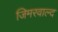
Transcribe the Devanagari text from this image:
जिमरवाल्द